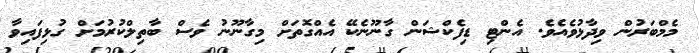
މެމްބަރުން ވިދާޅުވެއެވެ. އެންޓި ޑިފެކްޝަން ގާނޫނެކޭ އެއްގޮތަށް މިގާނޫނު ވެސް ބާތިލްކުރުމަށް ގުޅިފައިވާ